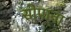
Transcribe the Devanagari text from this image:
सोपाना